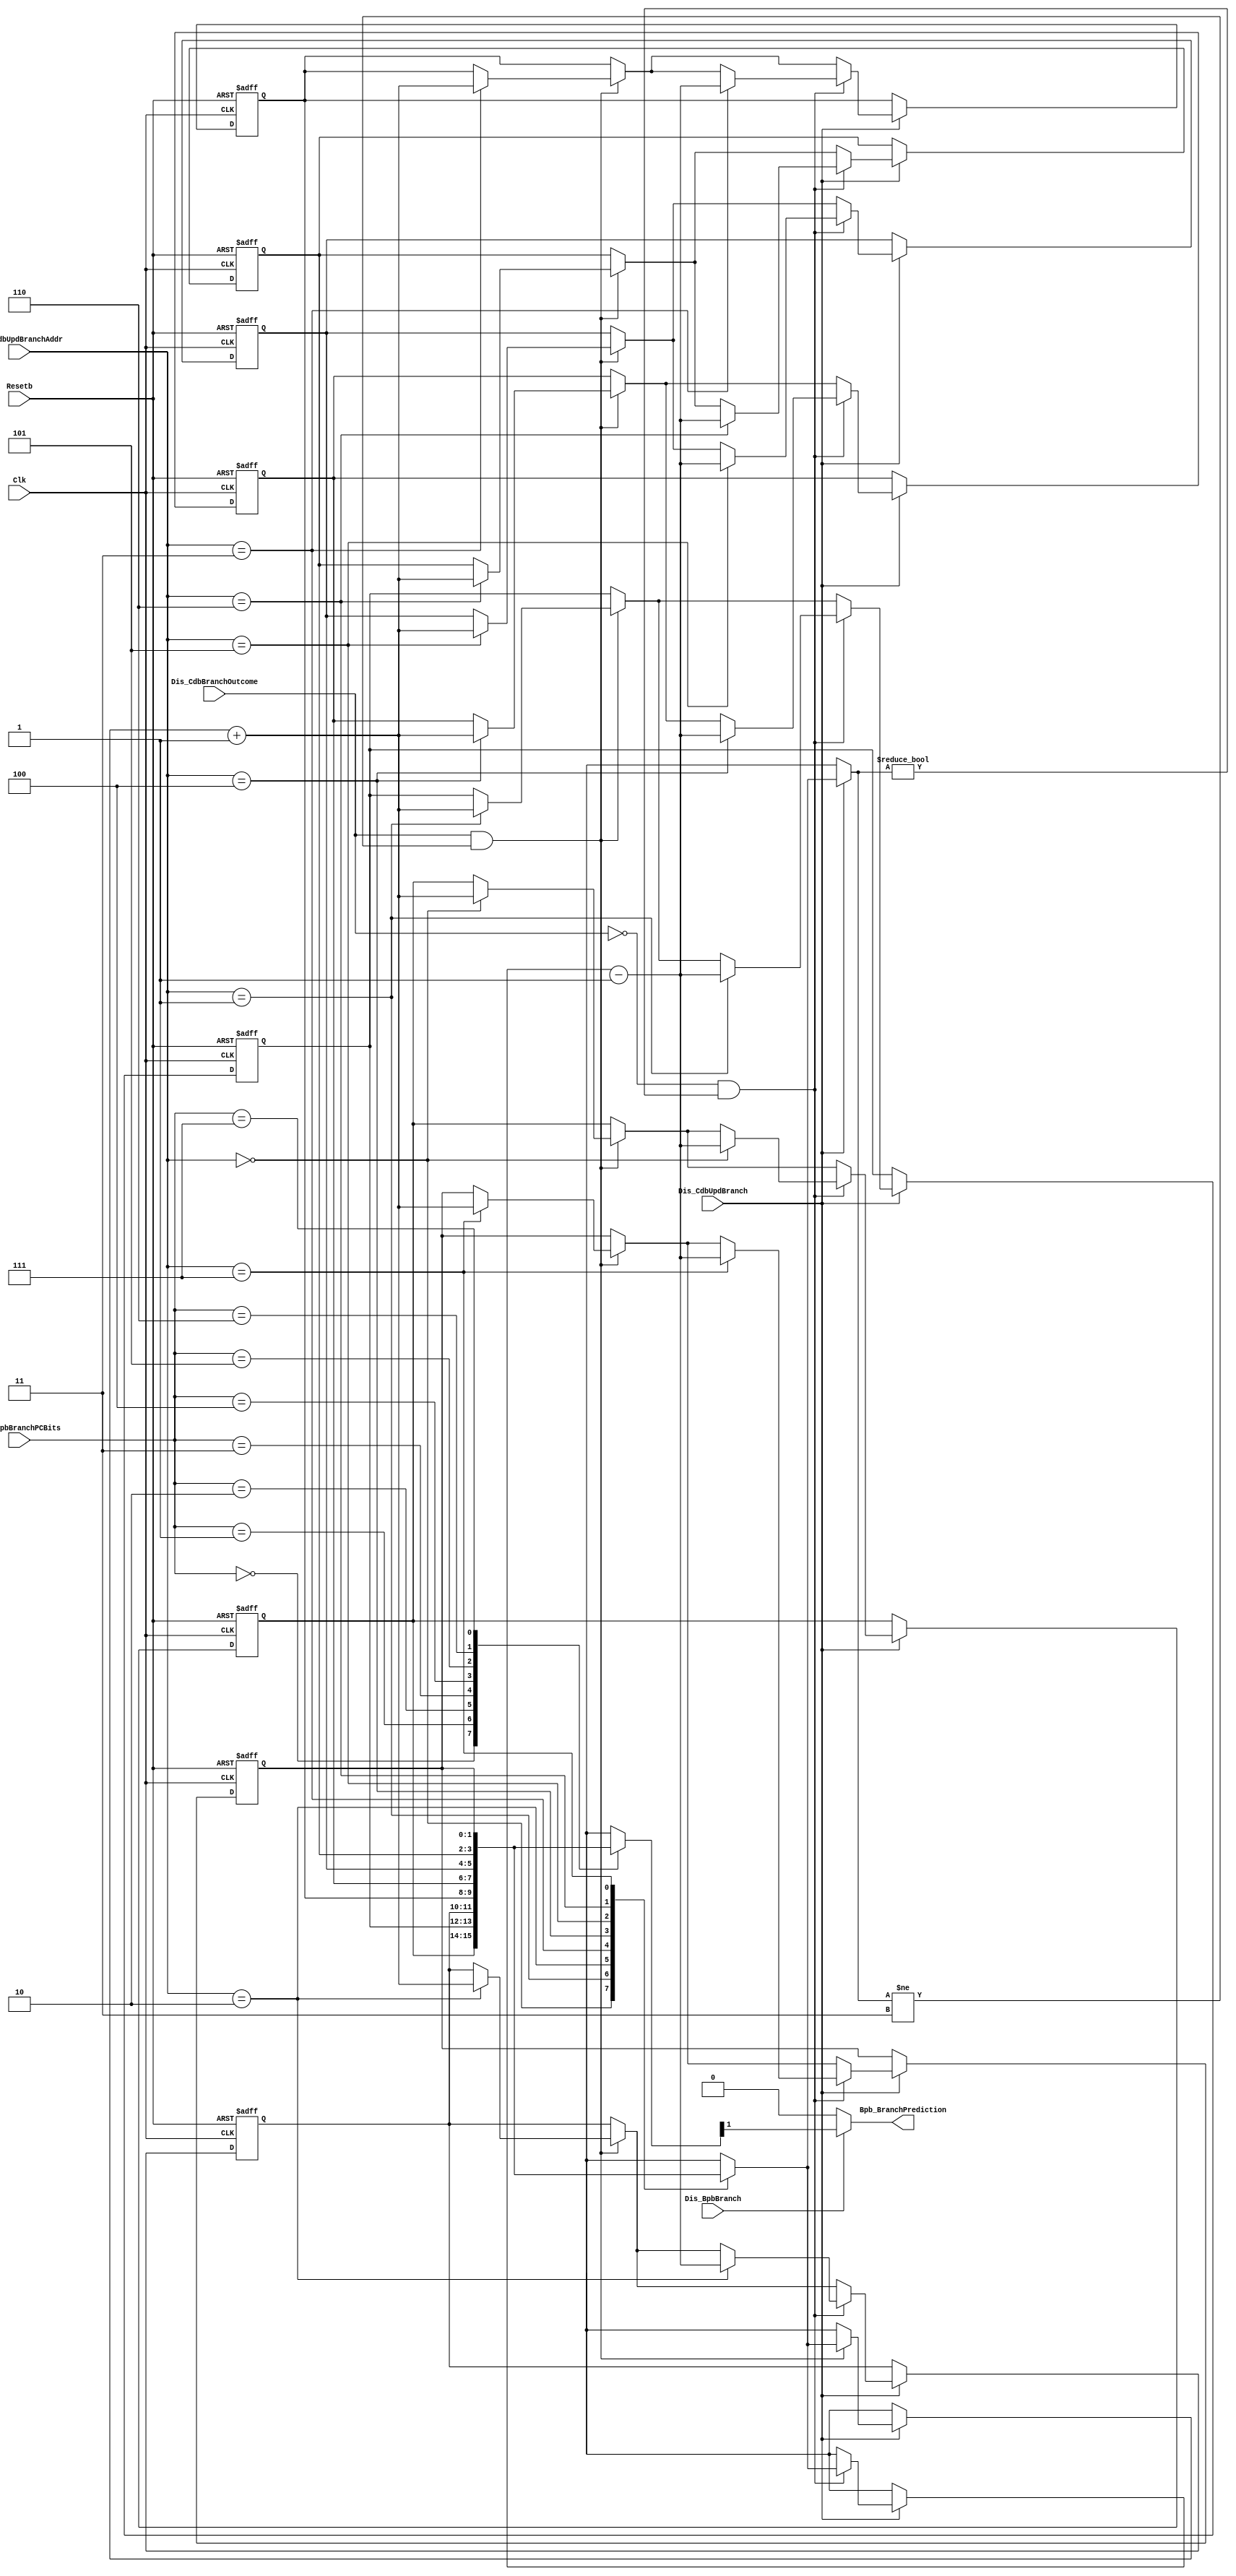
`timescale 1ps/1ps
module branch_predict_buffer(
    input  Clk,
    input Resetb,
    input  Dis_CdbUpdBranch,
    //CDBdispatch unit,BPB
    //branchentrystate machineNSL
    input [2:0] Dis_CdbUpdBranchAddr,//branch address, address[4:2]BPB
    input Dis_CdbBranchOutcome,//indiacates the outocome of the branch to the bpb: 0 means nottaken and 1 means taken 
    ////
    input [2:0] Dis_BpbBranchPCBits,//
    input Dis_BpbBranch,
    output  reg Bpb_BranchPrediction     
);
    reg [1:0] bpb_mem [7:0];
    //update the entry
    always@(posedge Clk, negedge Resetb)begin
        if(!Resetb)begin
            bpb_mem[0]<=2'b01;
            bpb_mem[1]<=2'b10;
            bpb_mem[2]<=2'b01;
            bpb_mem[3]<=2'b10;
            bpb_mem[4]<=2'b01;
            bpb_mem[05]<=2'b10;
            bpb_mem[6]<=2'b01;
            bpb_mem[7]<=2'b10;
        end else begin
            if(Dis_CdbUpdBranch)begin
                if(Dis_CdbBranchOutcome&&bpb_mem[Dis_CdbUpdBranchAddr]!=2'b11)begin
                    bpb_mem[Dis_CdbUpdBranchAddr]<=bpb_mem[Dis_CdbUpdBranchAddr]+1;
                end
                if(!Dis_CdbBranchOutcome&&bpb_mem[Dis_CdbUpdBranchAddr]!=2'b00) begin
                    bpb_mem[Dis_CdbUpdBranchAddr]<=bpb_mem[Dis_CdbUpdBranchAddr]-1;
                end
                
            end
        end
    end
    //read out data from the buffer
    always @(*) begin
        Bpb_BranchPrediction=1'b0;
        if(Dis_BpbBranch)begin
            Bpb_BranchPrediction=bpb_mem[Dis_BpbBranchPCBits][1];
        end
    end
endmodule